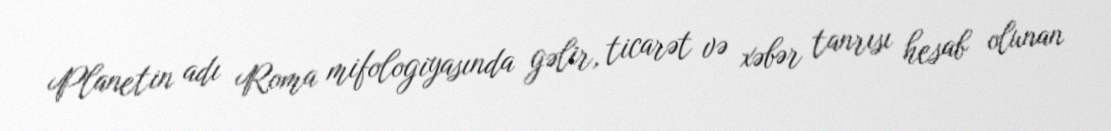
Planetin adı Roma mifologiyasında gəlir, ticarət və xəbər tanrısı hesab olunan